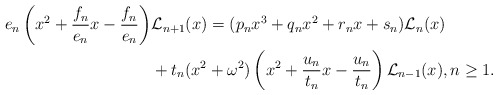
\begin{align*}e_n\left(x^2+\dfrac{f_n}{e_n}x-\dfrac{f_n}{e_n}\right)&\mathcal{L}_{n+1}(x)=(p_nx^3+q_nx^2+r_nx+s_n)\mathcal{L}_n(x) \\ &+t_n(x^2+\omega^2)\left(x^2+\dfrac{u_n}{t_n}x-\dfrac{u_n}{t_n}\right)\mathcal{L}_{n-1}(x), n\geq 1.\end{align*}